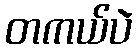
တကယ်ပဲ